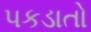
પકડાતો